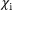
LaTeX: \chi _ { \mathrm { i } }